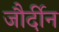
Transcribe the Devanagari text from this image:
जौर्दीन